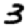
Digit: 3